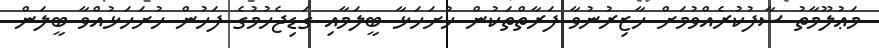
މަޢުލޫމާތު ސާފުކުރެއްވުމަށް ހާޒިރުނުވާ ފަރާތްތަކުން ހުށަހަޅާ ބީލަމާއި ގަޑިޖެހުމުގެ ފަހުން ހުށަހަޅުއްވާ ބީލަން